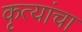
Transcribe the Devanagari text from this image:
कृत्यांचा